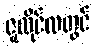
ဇူလိုင်လတွင်